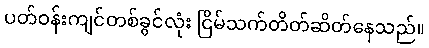
ပတ်ဝန်းကျင်တစ်ခွင်လုံး ငြိမ်သက်တိတ်ဆိတ်နေသည်။